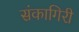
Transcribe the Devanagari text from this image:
संकागिरी